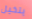
يتخيل